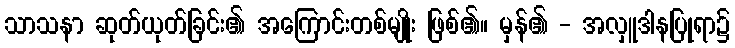
သာသနာ ဆုတ်ယုတ်ခြင်း၏ အကြောင်းတစ်မျိုး ဖြစ်၏။ မှန်၏ - အလှူဒါနပြုရာ၌